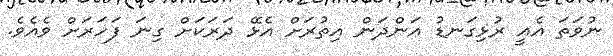
ނުވަތަ އެއީ ރުޅިގަނޑު އަންދަން އިތުރަށް އެޅޭ ދަރަކަށް ގިނަ ފަހަރަށް ވެއެވެ.